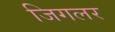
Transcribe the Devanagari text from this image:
जिगलर